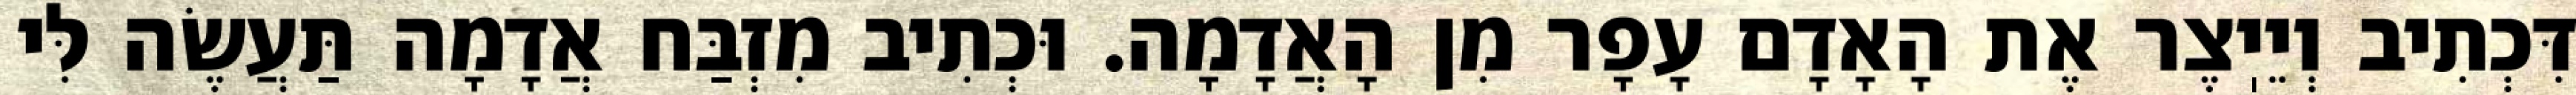
דִּכְתִיב וְיֵיֽצֶר אֶת הָאָדָם עָפָר מִן הָאֲדָמָה. וּכְתִיב מִזְבַּח אֲדָמָה תַּעֲשֶׂה לִּי